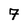
Character: 7